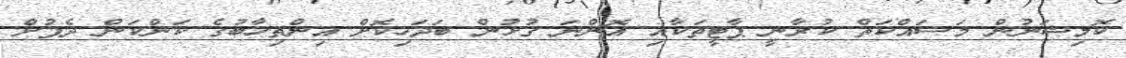
ކޮމިޝަނުން މަސައްކަތް ކުރާނީ ޕާޓީތަކާއި އޮންނަ ގުޅުން ބަދަހިކޮށް އިންތިހާބުގެ ކަންކަން ދެފުށް